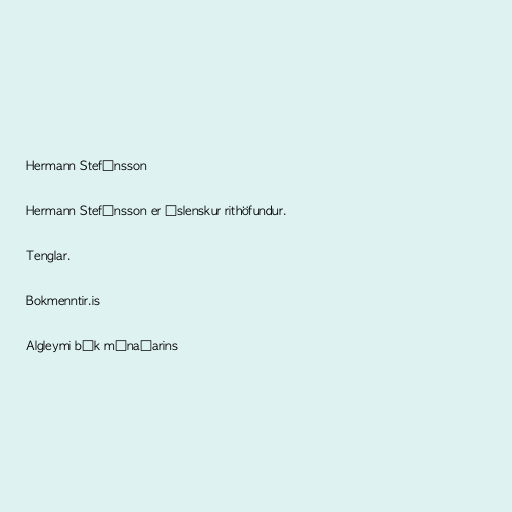
Hermann Stefánsson

Hermann Stefánsson er íslenskur rithöfundur.

Tenglar.

Bokmenntir.is

Algleymi bók mánaðarins